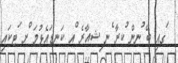
ަގއި ބޭ ުނން ުކރާ ެނ ިޝއާރެ ްއ ކަނޑައެޅުމަ ްށ ަޓކައިި